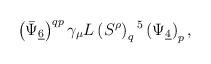
LaTeX: \begin{align*}\left(\bar\Psi_{\underline 6}\right)^{qp} \gamma_\mu L \left(S^\rho\right)_q{}^5 \left(\Psi_{\underline 4}\right)_p,\end{align*}